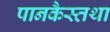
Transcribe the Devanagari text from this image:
पानकैस्तथा